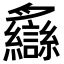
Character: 𦣐